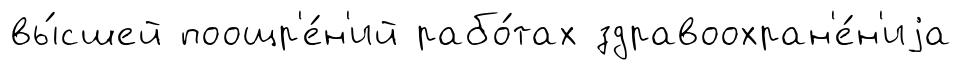
вы́сшей поощр'е́н'ий рабо́тах здравоохран'е́н'иjа